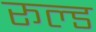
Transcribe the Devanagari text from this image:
रूल्ड